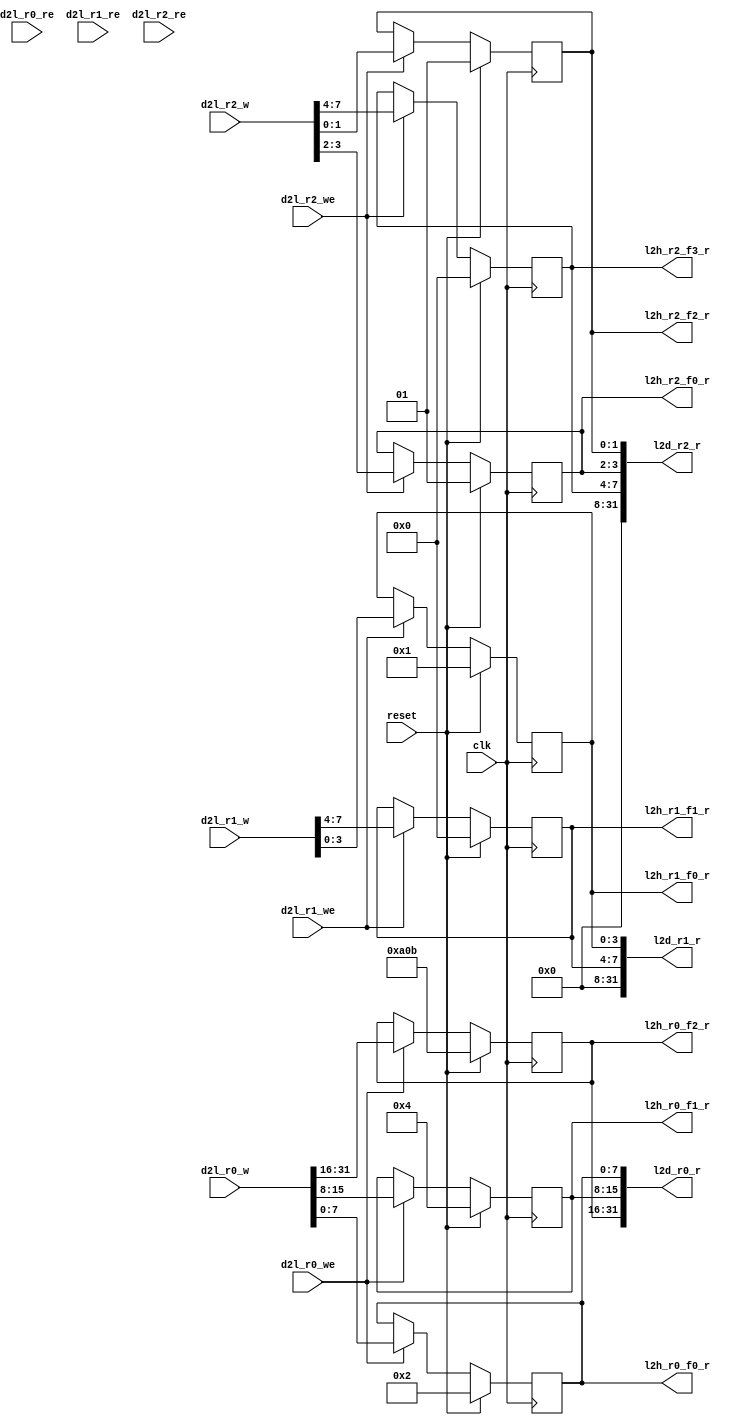
// This program was cloned from: https://github.com/Juniper/open-register-design-tool
// License: Apache License 2.0

//   Ordt 230719.01 autogenerated file 
//   Input: ./rdl_c_header/test.rdl
//   Parms: ./rdl_c_header/test.parms
//

//
//---------- module example_addr_map_jrdl_logic
//
module example_addr_map_jrdl_logic
(
  clk,
  reset,
  d2l_r0_w,
  d2l_r0_we,
  d2l_r0_re,
  d2l_r1_w,
  d2l_r1_we,
  d2l_r1_re,
  d2l_r2_w,
  d2l_r2_we,
  d2l_r2_re,

  l2d_r0_r,
  l2d_r1_r,
  l2d_r2_r,
  l2h_r0_f0_r,
  l2h_r0_f1_r,
  l2h_r0_f2_r,
  l2h_r1_f0_r,
  l2h_r1_f1_r,
  l2h_r2_f0_r,
  l2h_r2_f2_r,
  l2h_r2_f3_r );

  //------- inputs
  input    clk;
  input    reset;
  input     [31:0] d2l_r0_w;
  input    d2l_r0_we;
  input    d2l_r0_re;
  input     [31:0] d2l_r1_w;
  input    d2l_r1_we;
  input    d2l_r1_re;
  input     [31:0] d2l_r2_w;
  input    d2l_r2_we;
  input    d2l_r2_re;

  //------- outputs
  output     [31:0] l2d_r0_r;
  output     [31:0] l2d_r1_r;
  output     [31:0] l2d_r2_r;
  output     [7:0] l2h_r0_f0_r;
  output     [7:0] l2h_r0_f1_r;
  output     [15:0] l2h_r0_f2_r;
  output     [3:0] l2h_r1_f0_r;
  output     [3:0] l2h_r1_f1_r;
  output     [1:0] l2h_r2_f0_r;
  output     [1:0] l2h_r2_f2_r;
  output     [3:0] l2h_r2_f3_r;


  //------- reg defines
  reg   [7:0] rg_r0_f0;
  reg   [7:0] reg_r0_f0_next;
  reg   [7:0] l2h_r0_f0_r;
  reg   [7:0] rg_r0_f1;
  reg   [7:0] reg_r0_f1_next;
  reg   [7:0] l2h_r0_f1_r;
  reg   [15:0] rg_r0_f2;
  reg   [15:0] reg_r0_f2_next;
  reg   [15:0] l2h_r0_f2_r;
  reg   [31:0] l2d_r0_r;
  reg   [3:0] rg_r1_f0;
  reg   [3:0] reg_r1_f0_next;
  reg   [3:0] l2h_r1_f0_r;
  reg   [3:0] rg_r1_f1;
  reg   [3:0] reg_r1_f1_next;
  reg   [3:0] l2h_r1_f1_r;
  reg   [31:0] l2d_r1_r;
  reg   [1:0] rg_r2_f0;
  reg   [1:0] reg_r2_f0_next;
  reg   [1:0] l2h_r2_f0_r;
  reg   [1:0] rg_r2_f2;
  reg   [1:0] reg_r2_f2_next;
  reg   [1:0] l2h_r2_f2_r;
  reg   [3:0] rg_r2_f3;
  reg   [3:0] reg_r2_f3_next;
  reg   [3:0] l2h_r2_f3_r;
  reg   [31:0] l2d_r2_r;
  
  
  //------- combinatorial assigns for r2
  always @ (*) begin
    reg_r2_f0_next = rg_r2_f0;
    l2h_r2_f0_r = rg_r2_f0;
    reg_r2_f2_next = rg_r2_f2;
    l2h_r2_f2_r = rg_r2_f2;
    reg_r2_f3_next = rg_r2_f3;
    l2h_r2_f3_r = rg_r2_f3;
    if (d2l_r2_we) reg_r2_f0_next = d2l_r2_w [3:2] ;
    if (d2l_r2_we) reg_r2_f2_next = d2l_r2_w [1:0] ;
    if (d2l_r2_we) reg_r2_f3_next = d2l_r2_w [7:4] ;
  end
  
  //------- reg assigns for r2
  always @ (posedge clk) begin
    if (reset) begin
      rg_r2_f0 <= #1 2'h1;
      rg_r2_f2 <= #1 2'h1;
      rg_r2_f3 <= #1 4'h0;
    end
    else begin
      rg_r2_f0 <= #1  reg_r2_f0_next;
      rg_r2_f2 <= #1  reg_r2_f2_next;
      rg_r2_f3 <= #1  reg_r2_f3_next;
    end
  end
  
  //------- combinatorial assigns for r0 (pio read data)
  always @ (*) begin
    l2d_r0_r [7:0]  = rg_r0_f0;
    l2d_r0_r [15:8]  = rg_r0_f1;
    l2d_r0_r [31:16]  = rg_r0_f2;
  end
  
  //------- combinatorial assigns for r1 (pio read data)
  always @ (*) begin
    l2d_r1_r = 32'b0;
    l2d_r1_r [3:0]  = rg_r1_f0;
    l2d_r1_r [7:4]  = rg_r1_f1;
  end
  
  //------- combinatorial assigns for r2 (pio read data)
  always @ (*) begin
    l2d_r2_r = 32'b0;
    l2d_r2_r [3:2]  = rg_r2_f0;
    l2d_r2_r [1:0]  = rg_r2_f2;
    l2d_r2_r [7:4]  = rg_r2_f3;
  end
  
  //------- combinatorial assigns for r0
  always @ (*) begin
    reg_r0_f0_next = rg_r0_f0;
    l2h_r0_f0_r = rg_r0_f0;
    reg_r0_f1_next = rg_r0_f1;
    l2h_r0_f1_r = rg_r0_f1;
    reg_r0_f2_next = rg_r0_f2;
    l2h_r0_f2_r = rg_r0_f2;
    if (d2l_r0_we) reg_r0_f0_next = d2l_r0_w [7:0] ;
    if (d2l_r0_we) reg_r0_f1_next = d2l_r0_w [15:8] ;
    if (d2l_r0_we) reg_r0_f2_next = d2l_r0_w [31:16] ;
  end
  
  //------- reg assigns for r0
  always @ (posedge clk) begin
    if (reset) begin
      rg_r0_f0 <= #1 8'h2;
      rg_r0_f1 <= #1 8'h4;
      rg_r0_f2 <= #1 16'ha0b;
    end
    else begin
      rg_r0_f0 <= #1  reg_r0_f0_next;
      rg_r0_f1 <= #1  reg_r0_f1_next;
      rg_r0_f2 <= #1  reg_r0_f2_next;
    end
  end
  
  //------- combinatorial assigns for r1
  always @ (*) begin
    reg_r1_f0_next = rg_r1_f0;
    l2h_r1_f0_r = rg_r1_f0;
    reg_r1_f1_next = rg_r1_f1;
    l2h_r1_f1_r = rg_r1_f1;
    if (d2l_r1_we) reg_r1_f0_next = d2l_r1_w [3:0] ;
    if (d2l_r1_we) reg_r1_f1_next = d2l_r1_w [7:4] ;
  end
  
  //------- reg assigns for r1
  always @ (posedge clk) begin
    if (reset) begin
      rg_r1_f0 <= #1 4'h1;
      rg_r1_f1 <= #1 4'h0;
    end
    else begin
      rg_r1_f0 <= #1  reg_r1_f0_next;
      rg_r1_f1 <= #1  reg_r1_f1_next;
    end
  end
  
endmodule

//
//---------- module example_addr_map_jrdl_decode
//
module example_addr_map_jrdl_decode
(
  clk,
  reset,
  leaf_dec_wr_data,
  leaf_dec_addr,
  leaf_dec_block_sel,
  leaf_dec_valid,
  leaf_dec_wr_dvld,
  leaf_dec_cycle,
  leaf_dec_wr_width,
  l2d_r0_r,
  l2d_r1_r,
  l2d_r2_r,

  dec_leaf_rd_data,
  dec_leaf_ack,
  dec_leaf_nack,
  dec_leaf_accept,
  dec_leaf_reject,
  dec_leaf_retry_atomic,
  dec_leaf_data_width,
  d2l_r0_w,
  d2l_r0_we,
  d2l_r0_re,
  d2l_r1_w,
  d2l_r1_we,
  d2l_r1_re,
  d2l_r2_w,
  d2l_r2_we,
  d2l_r2_re );

  //------- inputs
  input    clk;
  input    reset;
  input     [31:0] leaf_dec_wr_data;
  input     [39:0] leaf_dec_addr;
  input    leaf_dec_block_sel;
  input    leaf_dec_valid;
  input    leaf_dec_wr_dvld;
  input     [1:0] leaf_dec_cycle;
  input     [2:0] leaf_dec_wr_width;
  input     [31:0] l2d_r0_r;
  input     [31:0] l2d_r1_r;
  input     [31:0] l2d_r2_r;

  //------- outputs
  output     [31:0] dec_leaf_rd_data;
  output    dec_leaf_ack;
  output    dec_leaf_nack;
  output    dec_leaf_accept;
  output    dec_leaf_reject;
  output    dec_leaf_retry_atomic;
  output     [2:0] dec_leaf_data_width;
  output     [31:0] d2l_r0_w;
  output    d2l_r0_we;
  output    d2l_r0_re;
  output     [31:0] d2l_r1_w;
  output    d2l_r1_we;
  output    d2l_r1_re;
  output     [31:0] d2l_r2_w;
  output    d2l_r2_we;
  output    d2l_r2_re;


  //------- wire defines
  wire   [31:0] pio_dec_write_data;
  wire   [3:2] pio_dec_address;
  wire  pio_dec_read;
  wire  pio_dec_write;
  wire   [39:0] block_sel_addr;
  wire  block_sel;
  wire  leaf_dec_valid_active;
  wire  leaf_dec_wr_dvld_active;
  
  //------- reg defines
  reg   [31:0] d2l_r0_w;
  reg  d2l_r0_we;
  reg  d2l_r0_re;
  reg   [31:0] d2l_r1_w;
  reg  d2l_r1_we;
  reg  d2l_r1_re;
  reg   [31:0] d2l_r2_w;
  reg  d2l_r2_we;
  reg  d2l_r2_re;
  reg  leaf_dec_valid_hld1;
  reg  leaf_dec_valid_hld1_next;
  reg  leaf_dec_wr_dvld_hld1;
  reg  leaf_dec_wr_dvld_hld1_next;
  reg  pio_write_active;
  reg  pio_read_active;
  reg   [3:2] pio_dec_address_d1;
  reg   [31:0] pio_dec_write_data_d1;
  reg   [31:0] dec_pio_read_data;
  reg   [31:0] dec_pio_read_data_d1;
  reg  dec_pio_ack;
  reg  dec_pio_nack;
  reg  dec_pio_ack_next;
  reg  dec_pio_nack_next;
  reg  pio_internal_ack;
  reg  pio_internal_nack;
  reg  pio_external_ack;
  reg  pio_external_nack;
  reg  pio_external_ack_next;
  reg  pio_external_nack_next;
  reg  pio_no_acks;
  reg  pio_activate_write;
  reg  pio_activate_read;
  reg   [31:0] dec_pio_read_data_next;
  reg  external_transaction_active;
  
  
  //------- assigns
  assign  pio_dec_write_data = leaf_dec_wr_data;
  assign  dec_leaf_rd_data = dec_pio_read_data;
  assign  dec_leaf_ack = dec_pio_ack;
  assign  dec_leaf_nack = dec_pio_nack;
  assign  pio_dec_address = leaf_dec_addr [3:2] ;
  assign  block_sel_addr = 40'h0;
  assign  block_sel = leaf_dec_block_sel;
  assign  leaf_dec_wr_dvld_active = leaf_dec_wr_dvld | leaf_dec_wr_dvld_hld1;
  assign  leaf_dec_valid_active = leaf_dec_valid | leaf_dec_valid_hld1;
  assign  dec_leaf_accept = leaf_dec_valid & block_sel;
  assign  dec_leaf_reject = leaf_dec_valid & ~block_sel;
  assign  pio_dec_read = block_sel & leaf_dec_valid_active & (leaf_dec_cycle == 2'b10);
  assign  pio_dec_write = block_sel & leaf_dec_wr_dvld_active & (leaf_dec_cycle[1] == 1'b0);
  assign  dec_leaf_retry_atomic = 1'b0;
  assign  dec_leaf_data_width = 3'b0;
  
  //------- combinatorial assigns for pio read data
  always @ (*) begin
    dec_pio_read_data = dec_pio_read_data_d1;
  end
  
  //------- reg assigns for pio read data
  always @ (posedge clk) begin
    if (reset) begin
      dec_pio_read_data_d1 <= #1  32'b0;
    end
    else begin
      dec_pio_read_data_d1 <= #1 dec_pio_read_data_next;
    end
  end
  
  //------- reg assigns for pio i/f
  always @ (posedge clk) begin
    if (reset) begin
      pio_write_active <= #1  1'b0;
      pio_read_active <= #1  1'b0;
    end
    else begin
      pio_write_active <= #1  pio_write_active ? pio_no_acks : pio_activate_write;
      pio_read_active <= #1  pio_read_active ? pio_no_acks : pio_activate_read;
    end
    pio_dec_address_d1 <= #1   pio_dec_address;
    pio_dec_write_data_d1 <= #1  pio_dec_write_data;
  end
  
  //------- combinatorial assigns for leaf i/f
  always @ (*) begin
    leaf_dec_valid_hld1_next = leaf_dec_valid | leaf_dec_valid_hld1;
    if (dec_pio_ack_next | dec_pio_nack_next) leaf_dec_valid_hld1_next = 1'b0;
    leaf_dec_wr_dvld_hld1_next = leaf_dec_wr_dvld | leaf_dec_wr_dvld_hld1;
    if (dec_pio_ack_next | dec_pio_nack_next | leaf_dec_valid) leaf_dec_wr_dvld_hld1_next = 1'b0;
  end
  
  //------- reg assigns for leaf i/f
  always @ (posedge clk) begin
    if (reset) begin
      leaf_dec_valid_hld1 <= #1  1'b0;
      leaf_dec_wr_dvld_hld1 <= #1  1'b0;
    end
    else begin
      leaf_dec_valid_hld1 <= #1 leaf_dec_valid_hld1_next;
      leaf_dec_wr_dvld_hld1 <= #1 leaf_dec_wr_dvld_hld1_next;
    end
  end
  
  //------- combinatorial assigns for pio ack/nack
  always @ (*) begin
    pio_internal_nack = (pio_read_active | pio_write_active) & ~pio_internal_ack & ~external_transaction_active;
    dec_pio_ack_next = (pio_internal_ack | (pio_external_ack_next & external_transaction_active));
    dec_pio_nack_next = (pio_internal_nack | (pio_external_nack_next & external_transaction_active));
    pio_no_acks = ~(dec_pio_ack | dec_pio_nack | pio_external_ack | pio_external_nack);
    pio_activate_write = (pio_dec_write & ~(dec_pio_ack | dec_pio_nack));
    pio_activate_read = (pio_dec_read & ~(dec_pio_ack | dec_pio_nack));
  end
  
  //------- reg assigns for pio ack/nack
  always @ (posedge clk) begin
    if (reset) begin
      dec_pio_ack <= #1 1'b0;
      dec_pio_nack <= #1 1'b0;
      pio_external_ack <= #1  1'b0;
      pio_external_nack <= #1  1'b0;
    end
    else begin
      dec_pio_ack <= #1 dec_pio_ack ? 1'b0 : dec_pio_ack_next;
      dec_pio_nack <= #1 dec_pio_nack ? 1'b0 : dec_pio_nack_next;
      pio_external_ack <= #1 pio_external_ack_next;
      pio_external_nack <= #1 pio_external_nack_next;
    end
  end
  
  
  //------- address decode
  always @ (*) begin
    pio_internal_ack = 1'b0;
    external_transaction_active = 1'b0;
    pio_external_ack_next = 1'b0;
    pio_external_nack_next = 1'b0;
    dec_pio_read_data_next = 32'b0;
    
    d2l_r0_w = pio_dec_write_data_d1  [31:0] ;
    d2l_r0_we = 1'b0;
    d2l_r0_re = 1'b0;
    d2l_r1_w = pio_dec_write_data_d1  [31:0] ;
    d2l_r1_we = 1'b0;
    d2l_r1_re = 1'b0;
    d2l_r2_w = pio_dec_write_data_d1  [31:0] ;
    d2l_r2_we = 1'b0;
    d2l_r2_re = 1'b0;
    
    casez(pio_dec_address_d1)
    //  Register: r0     Address: 0x0     External: false
    2'b00:
      begin
        d2l_r0_we = pio_write_active & ~dec_pio_ack;
        d2l_r0_re = pio_read_active & ~dec_pio_ack;
        pio_internal_ack =  pio_read_active | pio_write_active;
        dec_pio_read_data_next  [31:0]  = l2d_r0_r;
      end
    //  Register: r1     Address: 0x4     External: false
    2'b01:
      begin
        d2l_r1_we = pio_write_active & ~dec_pio_ack;
        d2l_r1_re = pio_read_active & ~dec_pio_ack;
        pio_internal_ack =  pio_read_active | pio_write_active;
        dec_pio_read_data_next  [31:0]  = l2d_r1_r;
      end
    //  Register: r2     Address: 0x8     External: false
    2'b10:
      begin
        d2l_r2_we = pio_write_active & ~dec_pio_ack;
        d2l_r2_re = pio_read_active & ~dec_pio_ack;
        pio_internal_ack =  pio_read_active | pio_write_active;
        dec_pio_read_data_next  [31:0]  = l2d_r2_r;
      end
    endcase
  end
  
endmodule

//
//---------- module example_addr_map_pio
//
module example_addr_map_pio
(
  clk,
  reset,
  leaf_dec_wr_data,
  leaf_dec_addr,
  leaf_dec_block_sel,
  leaf_dec_valid,
  leaf_dec_wr_dvld,
  leaf_dec_cycle,
  leaf_dec_wr_width,

  l2h_r0_f0_r,
  l2h_r0_f1_r,
  l2h_r0_f2_r,
  l2h_r1_f0_r,
  l2h_r1_f1_r,
  l2h_r2_f0_r,
  l2h_r2_f2_r,
  l2h_r2_f3_r,
  dec_leaf_rd_data,
  dec_leaf_ack,
  dec_leaf_nack,
  dec_leaf_accept,
  dec_leaf_reject,
  dec_leaf_retry_atomic,
  dec_leaf_data_width );

  //------- inputs
  input    clk;
  input    reset;
  input     [31:0] leaf_dec_wr_data;
  input     [39:0] leaf_dec_addr;
  input    leaf_dec_block_sel;
  input    leaf_dec_valid;
  input    leaf_dec_wr_dvld;
  input     [1:0] leaf_dec_cycle;
  input     [2:0] leaf_dec_wr_width;

  //------- outputs
  output     [7:0] l2h_r0_f0_r;
  output     [7:0] l2h_r0_f1_r;
  output     [15:0] l2h_r0_f2_r;
  output     [3:0] l2h_r1_f0_r;
  output     [3:0] l2h_r1_f1_r;
  output     [1:0] l2h_r2_f0_r;
  output     [1:0] l2h_r2_f2_r;
  output     [3:0] l2h_r2_f3_r;
  output     [31:0] dec_leaf_rd_data;
  output    dec_leaf_ack;
  output    dec_leaf_nack;
  output    dec_leaf_accept;
  output    dec_leaf_reject;
  output    dec_leaf_retry_atomic;
  output     [2:0] dec_leaf_data_width;


  //------- wire defines
  wire   [31:0] d2l_r0_w;
  wire  d2l_r0_we;
  wire  d2l_r0_re;
  wire   [31:0] d2l_r1_w;
  wire  d2l_r1_we;
  wire  d2l_r1_re;
  wire   [31:0] d2l_r2_w;
  wire  d2l_r2_we;
  wire  d2l_r2_re;
  wire   [31:0] l2d_r0_r;
  wire   [31:0] l2d_r1_r;
  wire   [31:0] l2d_r2_r;
  
  
  example_addr_map_jrdl_decode pio_decode (
    .clk(clk),
    .reset(reset),
    .leaf_dec_wr_data(leaf_dec_wr_data),
    .leaf_dec_addr(leaf_dec_addr),
    .leaf_dec_block_sel(leaf_dec_block_sel),
    .leaf_dec_valid(leaf_dec_valid),
    .leaf_dec_wr_dvld(leaf_dec_wr_dvld),
    .leaf_dec_cycle(leaf_dec_cycle),
    .leaf_dec_wr_width(leaf_dec_wr_width),
    .l2d_r0_r(l2d_r0_r),
    .l2d_r1_r(l2d_r1_r),
    .l2d_r2_r(l2d_r2_r),
    .dec_leaf_rd_data(dec_leaf_rd_data),
    .dec_leaf_ack(dec_leaf_ack),
    .dec_leaf_nack(dec_leaf_nack),
    .dec_leaf_accept(dec_leaf_accept),
    .dec_leaf_reject(dec_leaf_reject),
    .dec_leaf_retry_atomic(dec_leaf_retry_atomic),
    .dec_leaf_data_width(dec_leaf_data_width),
    .d2l_r0_w(d2l_r0_w),
    .d2l_r0_we(d2l_r0_we),
    .d2l_r0_re(d2l_r0_re),
    .d2l_r1_w(d2l_r1_w),
    .d2l_r1_we(d2l_r1_we),
    .d2l_r1_re(d2l_r1_re),
    .d2l_r2_w(d2l_r2_w),
    .d2l_r2_we(d2l_r2_we),
    .d2l_r2_re(d2l_r2_re) );
    
  example_addr_map_jrdl_logic pio_logic (
    .clk(clk),
    .reset(reset),
    .d2l_r0_w(d2l_r0_w),
    .d2l_r0_we(d2l_r0_we),
    .d2l_r0_re(d2l_r0_re),
    .d2l_r1_w(d2l_r1_w),
    .d2l_r1_we(d2l_r1_we),
    .d2l_r1_re(d2l_r1_re),
    .d2l_r2_w(d2l_r2_w),
    .d2l_r2_we(d2l_r2_we),
    .d2l_r2_re(d2l_r2_re),
    .l2d_r0_r(l2d_r0_r),
    .l2d_r1_r(l2d_r1_r),
    .l2d_r2_r(l2d_r2_r),
    .l2h_r0_f0_r(l2h_r0_f0_r),
    .l2h_r0_f1_r(l2h_r0_f1_r),
    .l2h_r0_f2_r(l2h_r0_f2_r),
    .l2h_r1_f0_r(l2h_r1_f0_r),
    .l2h_r1_f1_r(l2h_r1_f1_r),
    .l2h_r2_f0_r(l2h_r2_f0_r),
    .l2h_r2_f2_r(l2h_r2_f2_r),
    .l2h_r2_f3_r(l2h_r2_f3_r) );
    
endmodule